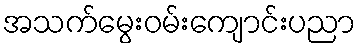
အသက်မွေးဝမ်းကျောင်းပညာ